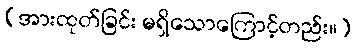
(အားထုတ်ခြင်း မရှိသောကြောင့်တည်း။)